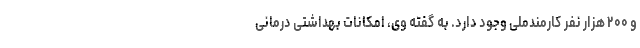
و ۲۰۰ هزار نفر کارمندملی وجود دارد. به گفته وی، امکانات بهداشتی درمانی